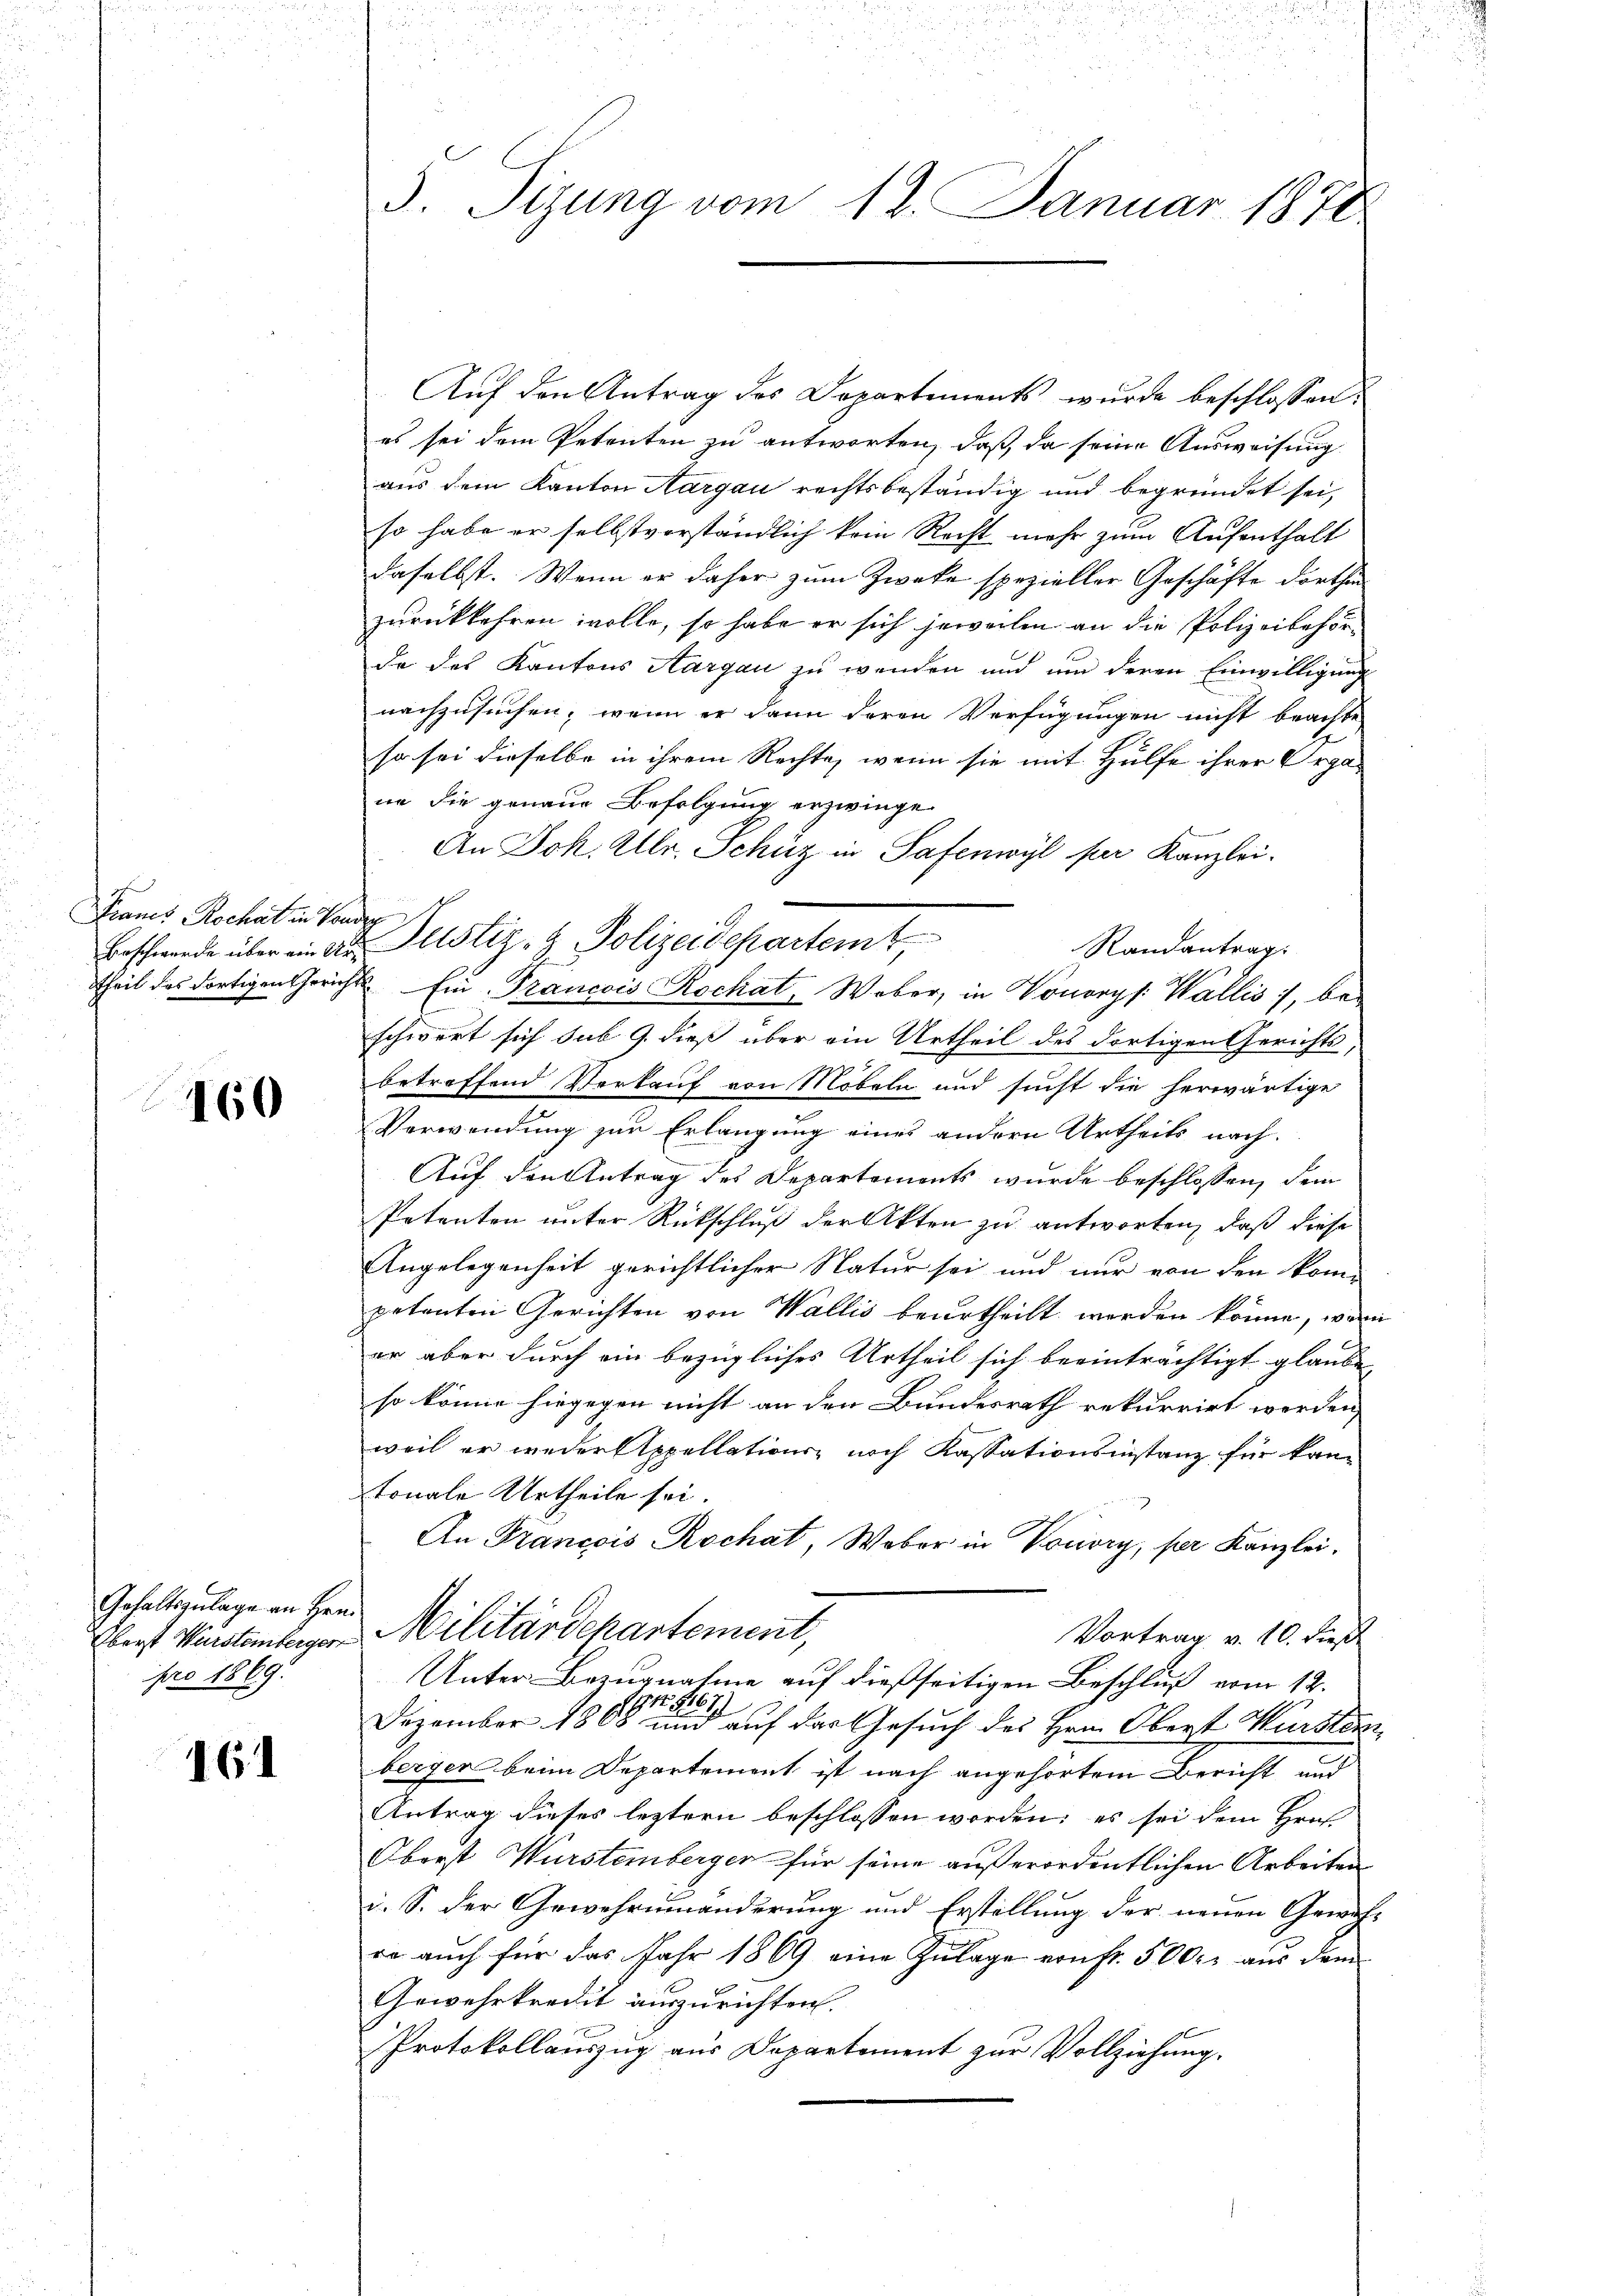
Granes Rochat in Pande

460

Gehaltszulage an Hrn.
pro 1869.

161

3. Sizung vom 12. Januar 1870

Auf den Antrag des Departements wurde beschlossen:
es sei dem Petenten zu antworten, daß, da seine Ausweisung
aus dem Kanton Aargau rechtsbeständig und begründet sei,
so habe er selbstverständlich kein Recht mehr zum Aufenthalt
daselbst. Wenn er daher zum Zwecke spezieller Geschäfte dorthin
zurückkehren wolle, so habe er sich jeweilen an die Polizeibehörda des Kantons Aargau zu wenden und um deren Einwilligung
nachzusuchen; wenn er dann deren Verfügungen nicht brachte
so sei dieselbe in ihrem Rechte, wenn sie mit Hülfe ihrer Organe die genaue Befolgung erzwinge
An Joh. Ulr. Schüz in Safenwyl per Kanzlei.
Randantrag:
theil das dortigen Gerichts Ein Trancois Rochat, Weber, in Honorys: Wallis, be-
schwert sich sub 9. dieß über ein Urtheil des dortigen Gerichts,
2
betreffend Verkauf von Möbeln und sucht die herwärtige
Verwendung zur Erlangung eines andern Urtheils nach
Auf den Antrag des Departements wurde beschlossen, dem
Potenten unter Rückschluß der Akten zu antworten, daß diese
Angelegenheit gerichtlicher Natur sei und nur von den kom-
petanten Gerichten von Wallis beurtheilt worden könne, wori
er aber durch ein bezügliches Urtheil sich beeinträchtigt glaube,
so könne hingegen nicht an den Bundesrath rekurrirt werden,
weil er weder Appellations- noch Kassationsinstanz für kantonale Urtheile sei.
An Francois Rochat, Weber in Vouvry, per Kanzlei.
Eberst Weinstenberger Militärdepartement,
Vortrag v. 10. dies
Unter-Bezugnahme auf dießseitigen Beschluß vom 12.
19167
Dezember 1808 und auf das Gesuch des Hrn. Obert Wursten
berger beim Departement ist nach angehörtem Bericht und
Antrag dieses leztern beschlossen worden; es sei dem Hrn.
Oberst Wurstemberger für seine außerordentlichen Arbeiten
u. S. der Gewehrmanderung und Erstellung der neuen Gewäs-
eo auch für das Jahr 1869 eine Zulage von fr. 500 r aus dem
Gewehrkredit auszurichten.
Protokollauszug aus Departement zur Vollziehung.

Beschwerde über ein an Pustiz- & Polizeidepartemt